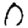
Digit: 0